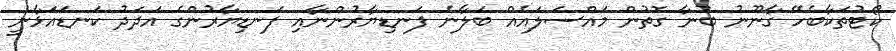
ކޯޓުތަކާބެހޭ ގާނޫނު ބުނާ ގޮތުން މައްސަލައެއް ބަލާނެ ފަނޑިޔާރުންނާއި ފަނޑިޔާރުންގެ އަދަދު ކަނޑައަޅާނީ